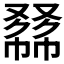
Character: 𠭾